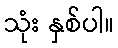
သုံး နှစ်ပါ။